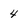
Character: 4